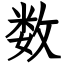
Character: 数